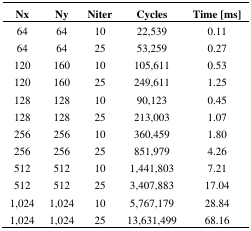
<table><thead><tr><td><b>Nx</b></td><td><b>Ny</b></td><td><b>Niter</b></td><td><b>Cycles</b></td><td><b>Time [ms]</b></td></tr></thead><tbody><tr><td>64</td><td>64</td><td>10</td><td>22,539</td><td>0.11</td></tr><tr><td>64</td><td>64</td><td>25</td><td>53,259</td><td>0.27</td></tr><tr><td>120</td><td>160</td><td>10</td><td>105,611</td><td>0.53</td></tr><tr><td>120</td><td>160</td><td>25</td><td>249,611</td><td>1.25</td></tr><tr><td>128</td><td>128</td><td>10</td><td>90,123</td><td>0.45</td></tr><tr><td>128</td><td>128</td><td>25</td><td>213,003</td><td>1.07</td></tr><tr><td>256</td><td>256</td><td>10</td><td>360,459</td><td>1.80</td></tr><tr><td>256</td><td>256</td><td>25</td><td>851,979</td><td>4.26</td></tr><tr><td>512</td><td>512</td><td>10</td><td>1,441,803</td><td>7.21</td></tr><tr><td>512</td><td>512</td><td>25</td><td>3,407,883</td><td>17.04</td></tr><tr><td>1,024</td><td>1,024</td><td>10</td><td>5,767,179</td><td>28.84</td></tr><tr><td>1,024</td><td>1,024</td><td>25</td><td>13,631,499</td><td>68.16</td></tr></tbody></table>